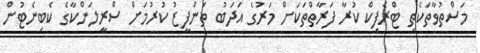
މަސްތުވާތަކެތި ޓްރެފިކް ކުރާ ފަރާތްތަކަށް މަރުގެ އަދަބު ތަންފީޒު ކުރުމަށް ސްރީލަންކާގެ ކެބިނެޓުން